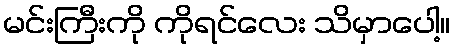
မင်းကြီးကို ကိုရင်လေး သိမှာပေါ့။